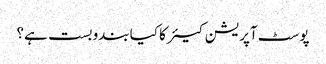
پوسٹ آپریشن کیئر کا کیا بندوبست ہے؟